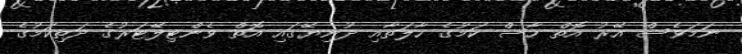
ނަމަވެސް އޭރު އޮތް ހާސް ކަމުގެ ހާލަތާއި ދުނިޔޭގައި އޮތް ވެންޓިލޭޓަރުގެ ދަތިކަމުގެ